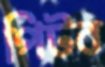
পিটব